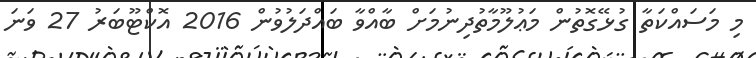
މި މަސައްކަތާ ގުޅޭގޮތުން މަޢުލޫމާތުދިނުމަށް ބާއްވާ ބައްދަލުވުން 2016 އޮކްޓޫބަރު 27 ވަނަ